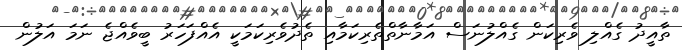
ތާއީދު ގެއްލި ވެރިކަން ގެއްލުނަސް އަމާނާތްތެރިކަމާއި ތެދުވެރިކަމަކީ އެއްފަހަރު ބީވެއްޖެ ނަމަ އަލުން